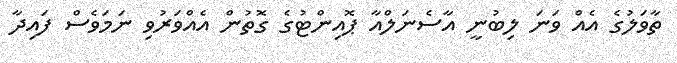
ތާވަލުގެ އެއް ވަނަ ލިބުނީ އާސެނަލްއާ ޕޮއިންޓުގެ ގޮތުން އެއްވަރުވި ނަމަވެސް ފައިދާ